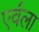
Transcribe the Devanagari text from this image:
एर्वला